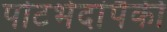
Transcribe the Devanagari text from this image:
पोटभेदांपैकी